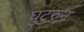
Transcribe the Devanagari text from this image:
घुटुरुन